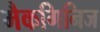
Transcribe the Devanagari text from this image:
मैकगिनिज